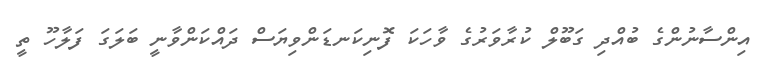
އިންސާނުންގެ ބުއްދި ގަބޫލް ކުރާވަރުގެ ވާހަކަ ފޮނިކަނޑަންވިޔަސް ދައްކަންވާނީ ބަލަގަ ފަލާހޫ ތީ